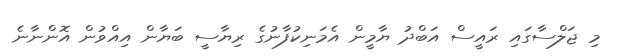
މި ޖަލްސާގައި ރައީސް އަބްދު ޔާމީން އެމަނިކުފާނުގެ ރިޔާސީ ބަޔާން އިއްވުން އޮންނާނެ